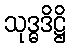
သုဒ္ဓဒိဋ္ဌိ